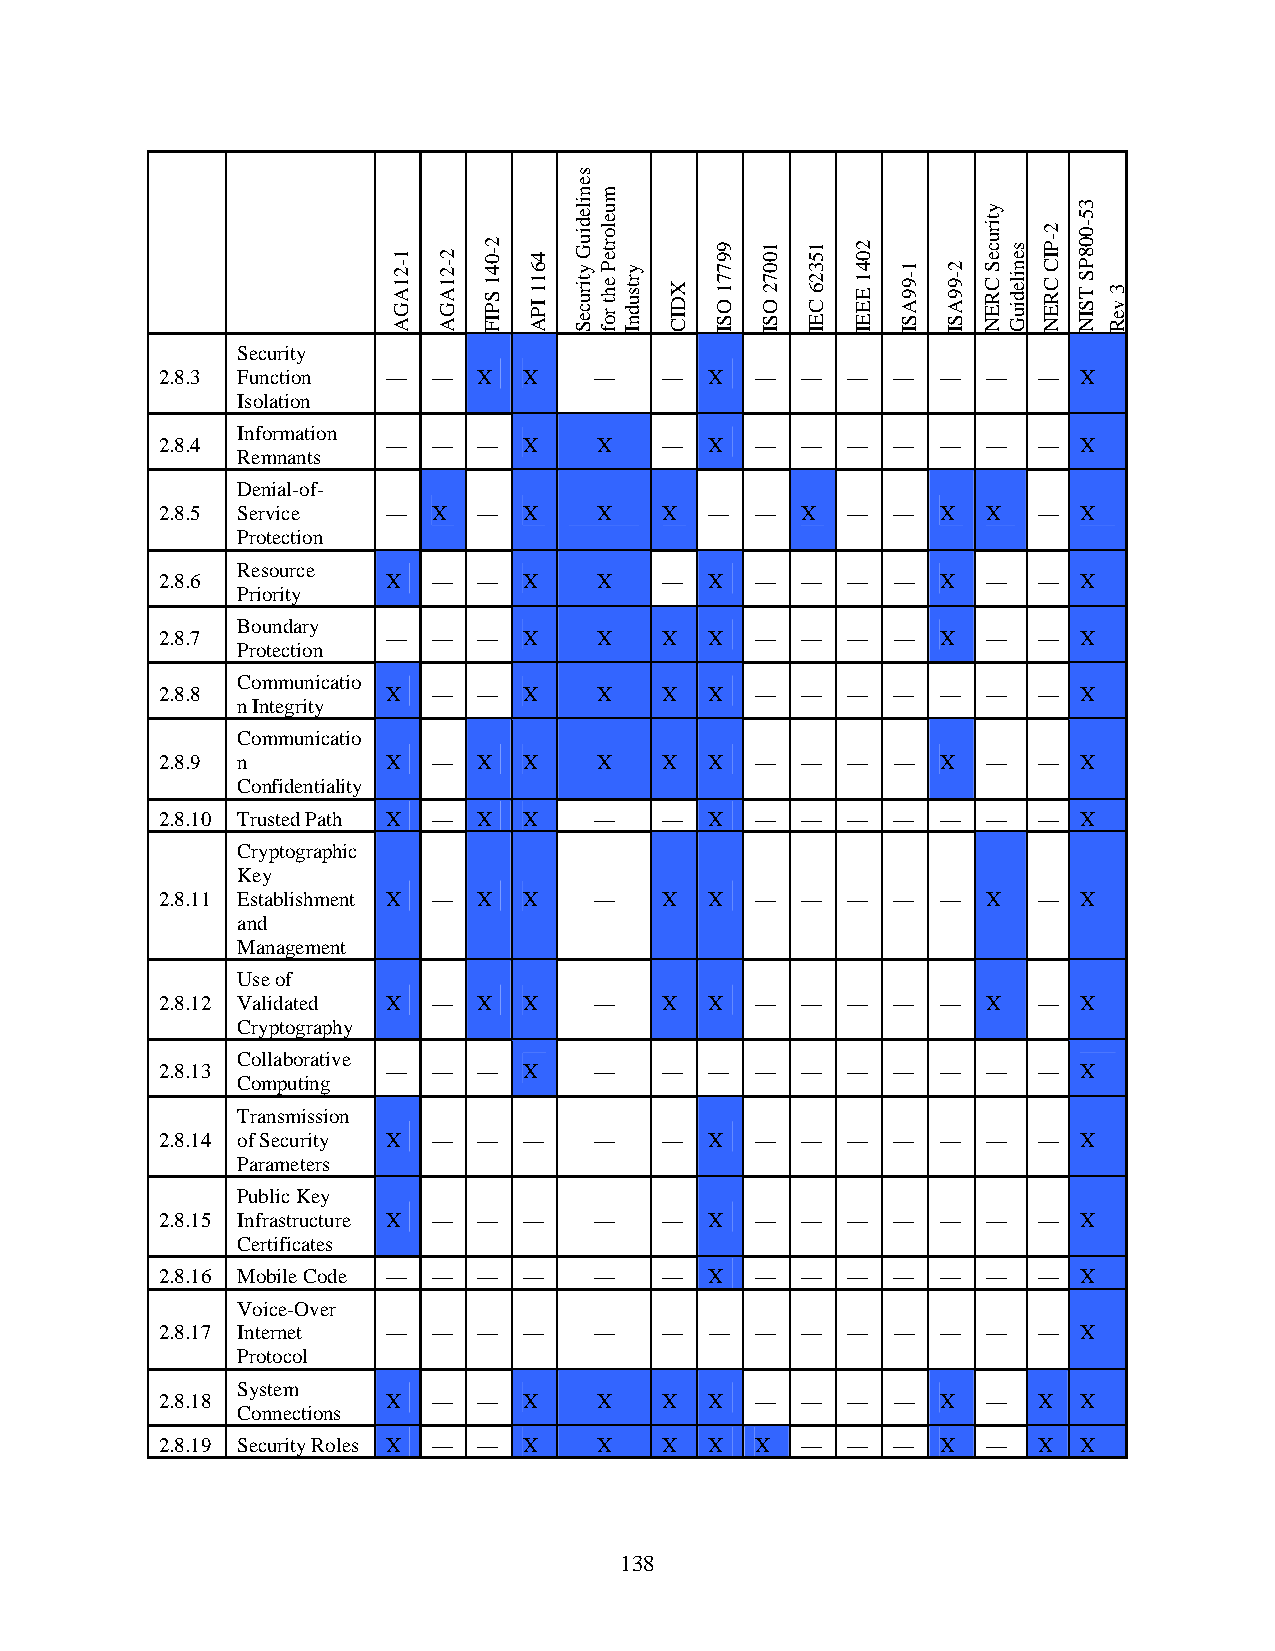
Security
 2.8.3 Function —  —  X  X   —    —  X  —  —  —  —  —  —   —  X
 Isolation
 Information
 2.8.4          —  —  —  X    X   —  X  —  —  —  —  —  —   —  X
 Remnants
 Denial-of-
 2.8.5 Service  —  X  —  X    X   X  —  —  X  —  —  X  X   —  X
 Protection
 Resource
 2.8.6          X  —  —  X    X   —  X  —  —  —  —  X  —   —  X
 Priority
 Boundary
 2.8.7          —  —  —  X    X   X  X  —  —  —  —  X  —   —  X
 Protection
 Communicatio
 2.8.8          X  —  —  X    X   X  X  —  —  —  —  —  —   —  X
 n Integrity
 Communicatio
 2.8.9 n        X  —  X  X    X   X  X  —  —  —  —  X  —   —  X
 Confidentiality
 2.8.10 Trusted Path X — X X —    —  X  —  —  —  —  —  —   —  X
 Cryptographic
 Key
 2.8.11 Establishment X — X X —   X  X  —  —  —  —  —  X   —  X
 and
 Management
 Use of
 2.8.12 Validated X — X  X   —    X  X  —  —  —  —  —  X   —  X
 Cryptography
 Collaborative
 2.8.13         —  —  —  X   —    —  —  —  —  —  —  —  —   —  X
 Computing
 Transmission
 2.8.14 of Security X — — —  —    —  X  —  —  —  —  —  —   —  X
 Parameters
 Public Key
 2.8.15 Infrastructure X — — — —  —  X  —  —  —  —  —  —   —  X
 Certificates
 2.8.16 Mobile Code — — — —  —    —  X  —  —  —  —  —  —   —  X
 Voice-Over
 2.8.17 Internet — —  —  —   —    —  —  —  —  —  —  —  —   —  X
 Protocol
 System
 2.8.18         X  —  —  X    X   X  X  —  —  —  —  X  —   X  X
 Connections
 2.8.19 Security Roles X — — X X  X  X  X  —  —  —  X  —   X  X
 138
 1-21AGA 2-21AGA
 2-041
 SPIF
 4611
 IPA
 senilediuG
 ytiruceS
 muelorteP
 eht
 rof
 yrtsudnI
 XDIC
 99771
 OSI
 10072
 OSI
 15326
 CEI
 2041
 EEEI
 1-99ASI 2-99ASI
 ytiruceS
 CREN
 senilediuG
 2-PIC
 CREN
 35-008PS
 TSIN 3
 veR